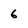
Character: 6